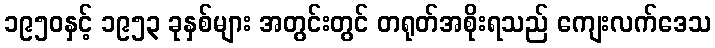
၁၉၅၀နှင့် ၁၉၅၃ ခုနှစ်များ အတွင်းတွင် တရုတ်အစိုးရသည် ကျေးလက်ဒေသ